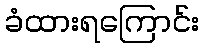
ခံထားရကြောင်း